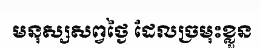
មនុស្សសព្វថ្ងៃ ដែលច្រមុះខ្លួន